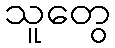
သူတွေ